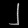
Digit: ၂